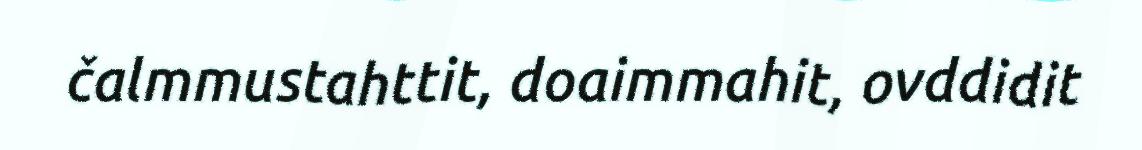
čalmmustahttit, doaimmahit, ovddidit